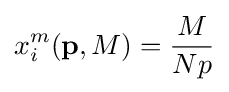
x_{i}^{m}(\mathbf {p} ,M)={\frac {M}{Np}}